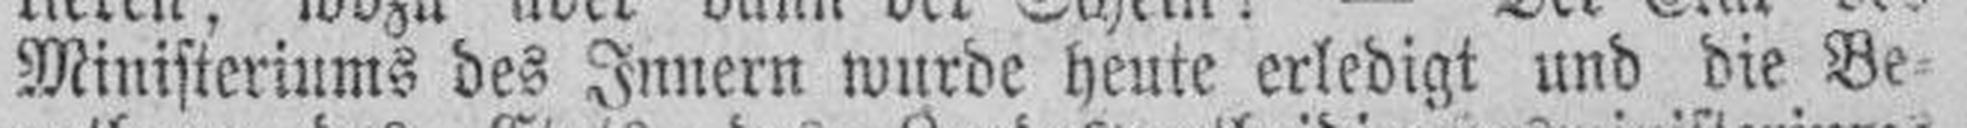
Ministeriums des Innern wurde heute erledigt und die Be¬